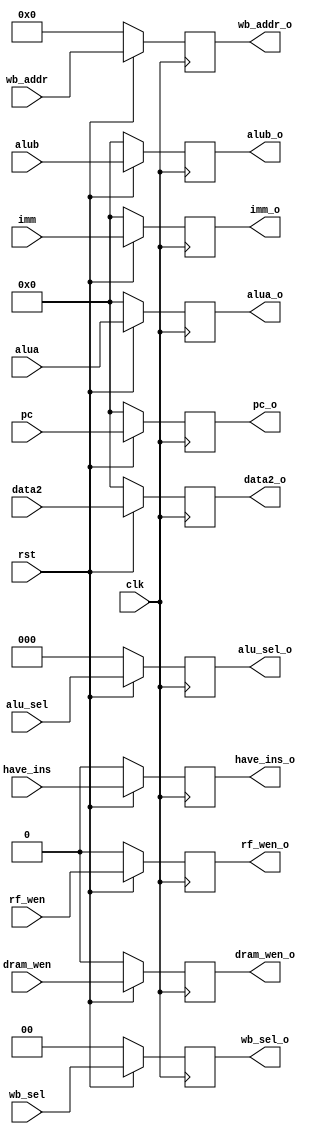
module buffer2 (
    input clk,
    input rst,
    // for alu 
    input [31:0] alua,
    input [31:0] alub,
    input [2:0] alu_sel,
    //for mem 
    input dram_wen,
    input [31:0] data2,
    //for wb 
    input [1:0] wb_sel,
    input [4:0] wb_addr,
    input [31:0] pc,
    input [31:0] imm,
    input rf_wen,
    output reg [31:0] alua_o,
    output reg [31:0] alub_o,
    output reg [2:0] alu_sel_o,
    output reg dram_wen_o,
    output reg [31:0] data2_o,
    output reg [1:0] wb_sel_o,
    output reg [4:0] wb_addr_o,
    output reg [31:0] pc_o,
    output reg [31:0] imm_o,
    output reg rf_wen_o,
    input   have_ins,
    output reg have_ins_o
);
always @(posedge clk) begin
      if(~rst) begin
          alua_o <= 'b0;
          alub_o <= 'b0;
          alu_sel_o <= 'b0;
          dram_wen_o <= 'b0;
          data2_o <= 'b0;
          wb_sel_o <= 'b0;
          wb_addr_o <= 'b0;
          pc_o <= 'b0;
          imm_o <= 'b0;
          rf_wen_o <= 'b0;
          have_ins_o <= 0;
      end else begin
          alua_o <= alua;
          alub_o <= alub;
          alu_sel_o <= alu_sel;
          dram_wen_o <= dram_wen;
          data2_o <= data2;
          wb_sel_o <= wb_sel;
          wb_addr_o <= wb_addr; 
          pc_o <= pc;
          imm_o <= imm;
          rf_wen_o <= rf_wen;   
          have_ins_o <= have_ins;  
      end
end
    
endmodule